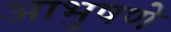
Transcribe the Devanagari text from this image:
आभुषणे